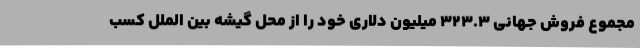
مجموع فروش جهانی 323.3 میلیون دلاری خود را از محل گیشه بین الملل کسب